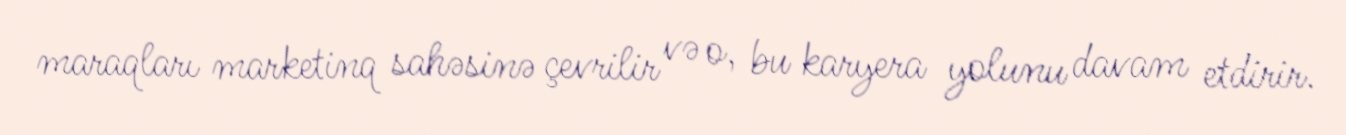
maraqları marketinq sahəsinə çevrilir və o, bu karyera yolunu davam etdirir.